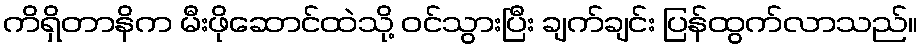
ကိရှိတာနိက မီးဖိုဆောင်ထဲသို့ ဝင်သွားပြီး ချက်ချင်း ပြန်ထွက်လာသည်။